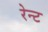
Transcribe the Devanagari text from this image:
रेन्ट